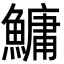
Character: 鱅